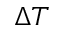
\Delta T